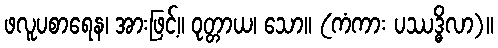
ဖလူပစာရေန၊ အားဖြင့်။ ဝုတ္တာယ၊ သော။ (ကံကား ပဿဒ္ဓိလာ)။